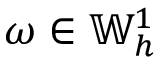
\omega \in \mathbb { W } _ { h } ^ { 1 }